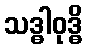
သဒ္ဓါဝုဒ္ဓိ